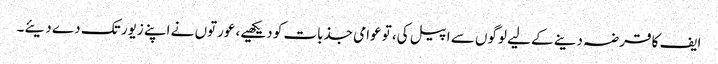
ایف کا قرضہ دینے کے لیے لوگوں سے اپیل کی، تو عوامی جذبات کو دیکھیے، عورتوں نے اپنے زیور تک دے دیئے۔